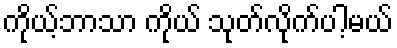
ကိုယ့်ဘာသာ ကိုယ် သုတ်လိုက်ပါ့မယ်